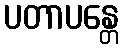
ပတာပန္တေ